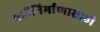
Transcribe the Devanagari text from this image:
मठीनिर्माणासाठी